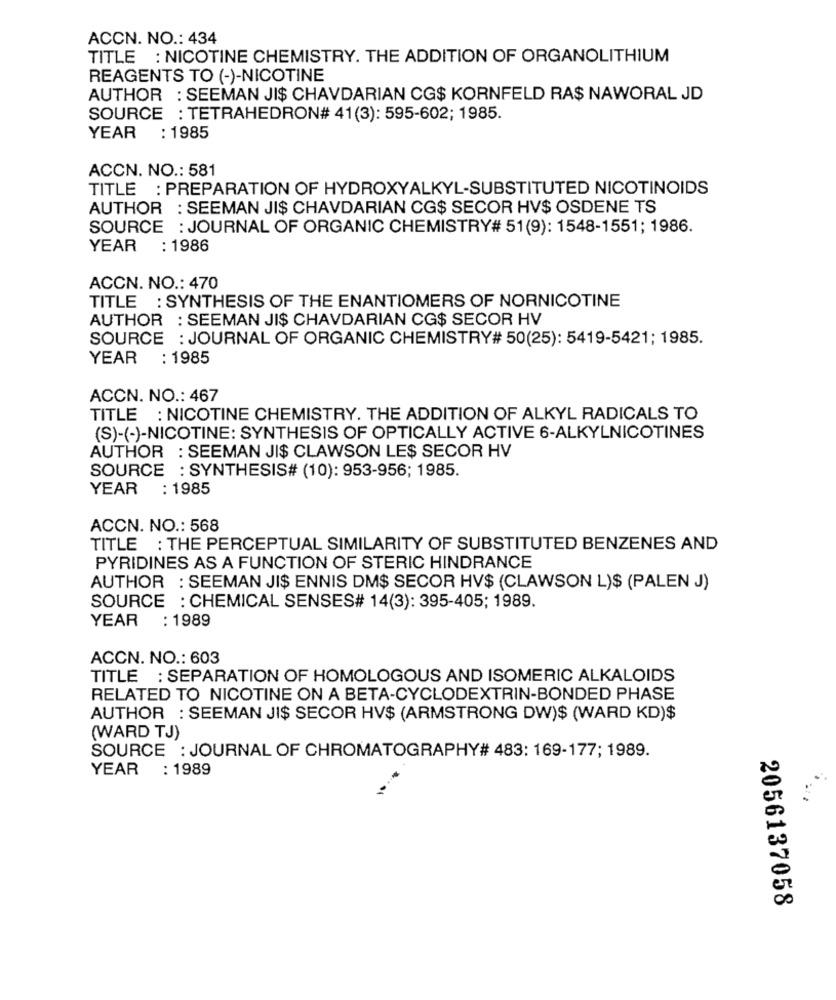
ACCN. NO .: 434
TITLE : NICOTINE CHEMISTRY. THE ADDITION OF ORGANOLITHIUM
REAGENTS TO (-)-NICOTINE
AUTHOR : SEEMAN JI$ CHAVDARIAN CG$ KORNFELD RA$ NAWORAL JD
SOURCE : TETRAHEDRON# 41(3): 595-602; 1985.
YEAR : 1985
ACCN. NO .: 581
TITLE : PREPARATION OF HYDROXYALKYL-SUBSTITUTED NICOTINOIDS
AUTHOR : SEEMAN JI$ CHAVDARIAN CG$ SECOR HV$ OSDENE TS
SOURCE : JOURNAL OF ORGANIC CHEMISTRY# 51(9): 1548-1551; 1986.
YEAR
: 1986
ACCN. NO .: 470
TITLE : SYNTHESIS OF THE ENANTIOMERS OF NORNICOTINE
AUTHOR : SEEMAN JI$ CHAVDARIAN CG$ SECOR HV
SOURCE : JOURNAL OF ORGANIC CHEMISTRY# 50(25): 5419-5421; 1985.
YEAR : 1985
ACCN. NO .: 467
TITLE : NICOTINE CHEMISTRY. THE ADDITION OF ALKYL RADICALS TO
(S)-(-)-NICOTINE: SYNTHESIS OF OPTICALLY ACTIVE 6-ALKYLNICOTINES
AUTHOR : SEEMAN JI$ CLAWSON LES SECOR HV
SOURCE : SYNTHESIS# (10): 953-956; 1985.
YEAR
: 1985
ACCN. NO .: 568
TITLE : THE PERCEPTUAL SIMILARITY OF SUBSTITUTED BENZENES AND
PYRIDINES AS A FUNCTION OF STERIC HINDRANCE
AUTHOR : SEEMAN JI$ ENNIS DM$ SECOR HV$ (CLAWSON L)$ (PALEN J)
SOURCE : CHEMICAL SENSES# 14(3): 395-405; 1989.
YEAR : 1989
ACCN. NO .: 603
TITLE : SEPARATION OF HOMOLOGOUS AND ISOMERIC ALKALOIDS
RELATED TO NICOTINE ON A BETA-CYCLODEXTRIN-BONDED PHASE
AUTHOR : SEEMAN JI$ SECOR HV$ (ARMSTRONG DW)$ (WARD KD)$
(WARD TJ)
SOURCE : JOURNAL OF CHROMATOGRAPHY# 483: 169-177; 1989.
YEAR : 1989
2056137058